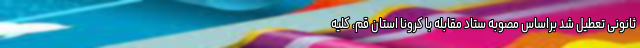
ثانونی تعطیل شد براساس مصوبه ستاد مقابله با کرونا استان قم، کلیه